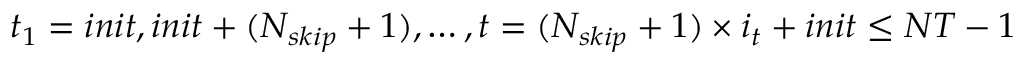
t _ { 1 } = i n i t , i n i t + ( N _ { s k i p } + 1 ) , \ldots , t = ( N _ { s k i p } + 1 ) \times i _ { t } + i n i t \le N T - 1